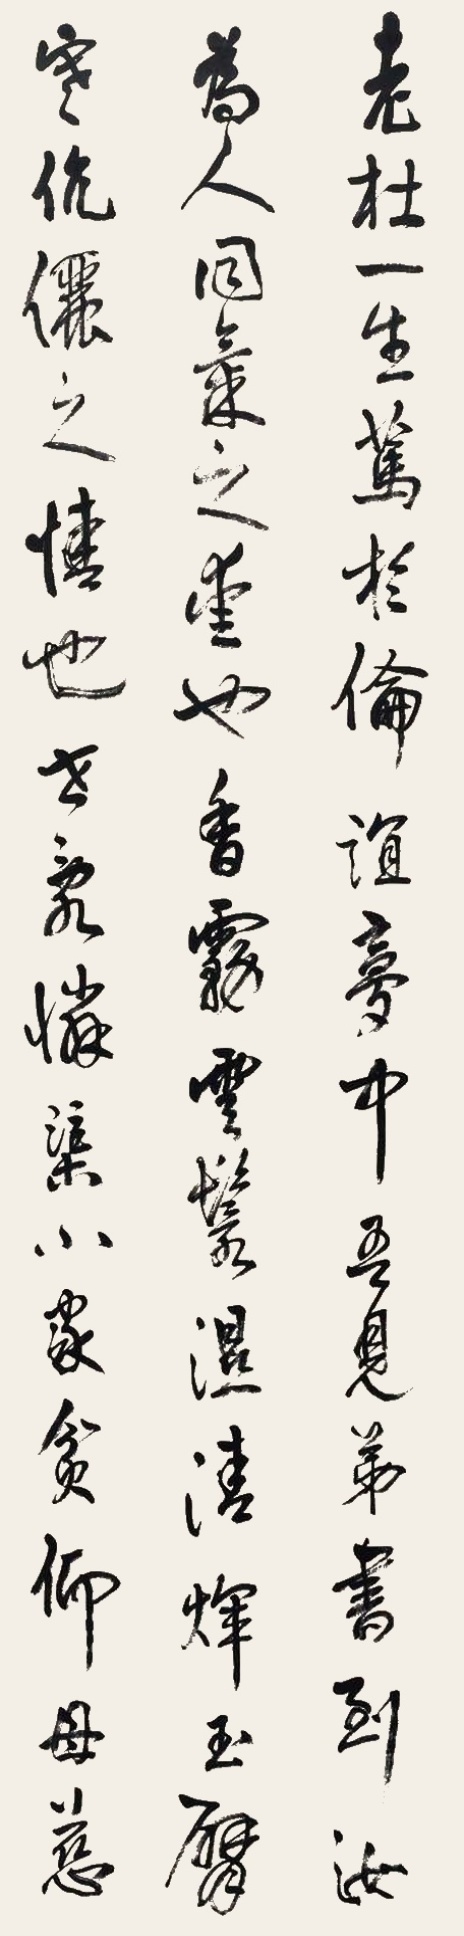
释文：老杜一生笃于伦谊，梦中吾见弟，书到汝为人。同气之爱也。香雾云鬟湿，清辉玉臂寒。伉俪之情也……殊不可解。立庵吾兄属政。戊子初夏，余绍宋。